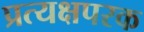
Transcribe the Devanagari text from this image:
प्रत्यक्षपरक